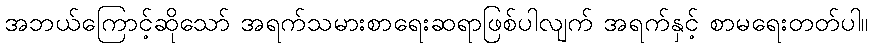
အဘယ်ကြောင့်ဆိုသော် အရက်သမားစာရေးဆရာဖြစ်ပါလျက် အရက်နှင့် စာမရေးတတ်ပါ။